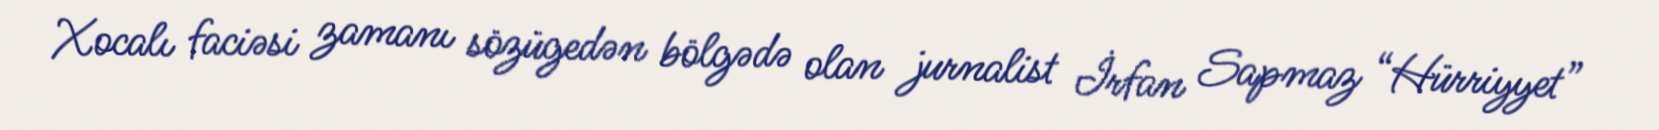
Xocalı faciəsi zamanı sözügedən bölgədə olan jurnalist İrfan Sapmaz “Hürriyyet”